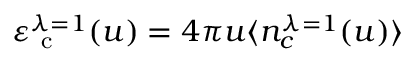
\varepsilon _ { \mathrm { ~ c ~ } } ^ { \lambda = 1 } ( u ) = 4 \pi u \langle n _ { c } ^ { \lambda = 1 } ( u ) \rangle